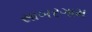
સાબરગામ